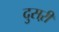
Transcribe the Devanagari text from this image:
दुसऱी